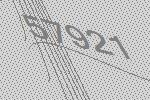
57921